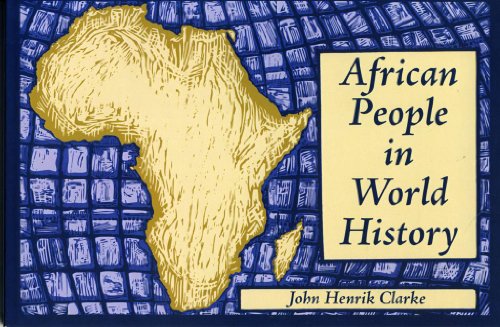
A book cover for African People in World History (Black Classic Press Contemporary Lecture); John Henrik Clarke; History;